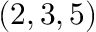
( 2 , 3 , 5 )